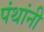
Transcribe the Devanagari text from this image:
पंथांनी